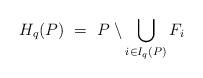
LaTeX: \begin{align*}H_q (P) \ = \ P\setminus \bigcup_{i \in I_q (P)} F_i\end{align*}